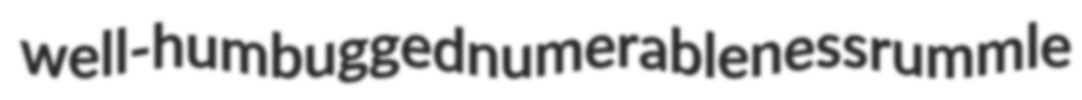
well-humbugged numerableness rummle